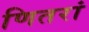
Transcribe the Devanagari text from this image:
णितरां